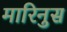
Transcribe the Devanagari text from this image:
मारिनुस